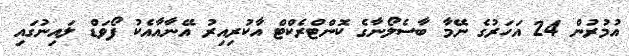
އުމުރުން 24 އަހަރުގެ ނޭމާ ބާސެލޯނާގެ ކޮންޓްރެކްޓް އާކުރިއިރު އޭނާއާއެކު ފޯވަޑް ލައިނުގައި